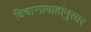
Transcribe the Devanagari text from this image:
विचारप्रवाहांनुसार